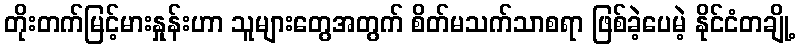
တိုးတက်မြင့်မားနှုန်းဟာ သူများတွေအတွက် စိတ်မသက်သာစရာ ဖြစ်ခဲ့ပေမဲ့ နိုင်ငံတချို့